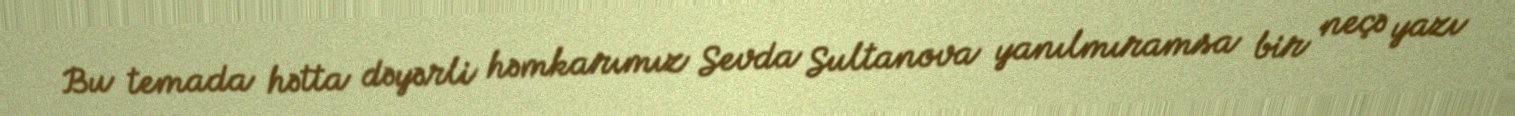
Bu temada hətta dəyərli həmkarımız Sevda Sultanova yanılmıramsa bir neçə yazı